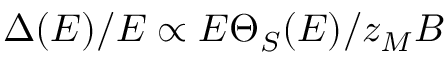
\Delta ( E ) / E \propto E \Theta _ { S } ( E ) / z _ { M } B